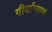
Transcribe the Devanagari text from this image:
गीर्वाग्वाणी